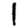
Digit: 1